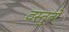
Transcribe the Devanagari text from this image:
वस्तुतों